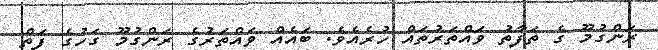
ރަންގުމޫ ގެ ތަފާތު ވައްތަރުތައް ހުރެއެވެ. ބައެއް ވައްތަރުގެ ރަންގުމޫ ގަހުގެ ފަތް